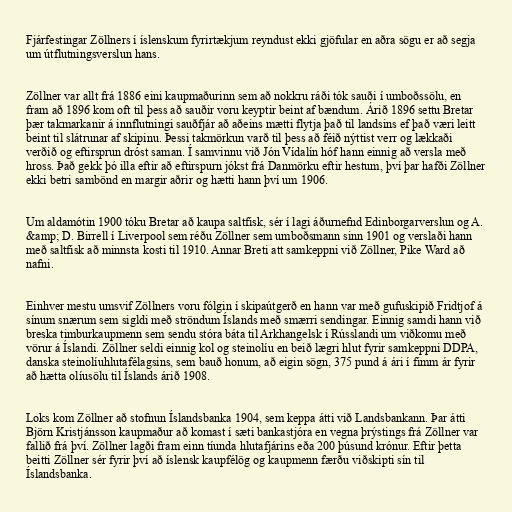
Fjárfestingar Zöllners í íslenskum fyrirtækjum reyndust ekki gjöfular en aðra sögu er að segja
um útflutningsverslun hans.

Zöllner var allt frá 1886 eini kaupmaðurinn sem að nokkru ráði tók sauði í umboðssölu, en
fram að 1896 kom oft til þess að sauðir voru keyptir beint af bændum. Árið 1896 settu Bretar
þær takmarkanir á innflutningi sauðfjár að aðeins mætti flytja það til landsins ef það væri leitt
beint til slátrunar af skipinu. Þessi takmörkun varð til þess að féið nýttist verr og lækkaði
verðið og eftirsprun dróst saman. Í samvinnu við Jón Vídalín hóf hann einnig að versla með
hross. Það gekk þó illa eftir að eftirspurn jókst frá Danmörku eftir hestum, því þar hafði Zöllner
ekki betri sambönd en margir aðrir og hætti hann því um 1906.

Um aldamótin 1900 tóku Bretar að kaupa saltfisk, sér í lagi áðurnefnd Edinborgarverslun og A.
&amp; D. Birrell í Liverpool sem réðu Zöllner sem umboðsmann sinn 1901 og verslaði hann
með saltfisk að minnsta kosti til 1910. Annar Breti att samkeppni við Zöllner, Pike Ward að
nafni.

Einhver mestu umsvif Zöllners voru fólgin í skipaútgerð en hann var með gufuskipið Fridtjof á
sínum snærum sem sigldi með ströndum Íslands með smærri sendingar. Einnig samdi hann við
breska timburkaupmenn sem sendu stóra báta til Arkhangelsk í Rússlandi um viðkomu með
vörur á Íslandi. Zöllner seldi einnig kol og steinolíu en beið lægri hlut fyrir samkeppni DDPA,
danska steinolíuhlutafélagsins, sem bauð honum, að eigin sögn, 375 pund á ári í fimm ár fyrir
að hætta olíusölu til Íslands árið 1908.

Loks kom Zöllner að stofnun Íslandsbanka 1904, sem keppa átti við Landsbankann. Þar átti
Björn Kristjánsson kaupmaður að komast í sæti bankastjóra en vegna þrýstings frá Zöllner var
fallið frá því. Zöllner lagði fram einn tíunda hlutafjárins eða 200 þúsund krónur. Eftir þetta
beitti Zöllner sér fyrir því að íslensk kaupfélög og kaupmenn færðu viðskipti sín til
Íslandsbanka.